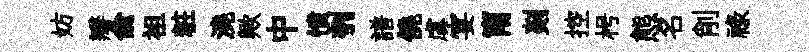
妨瓣俞袓粧澆歟中憤刳譜僥虞宴甯剡控枵態名削祿